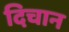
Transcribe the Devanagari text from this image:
दिचान